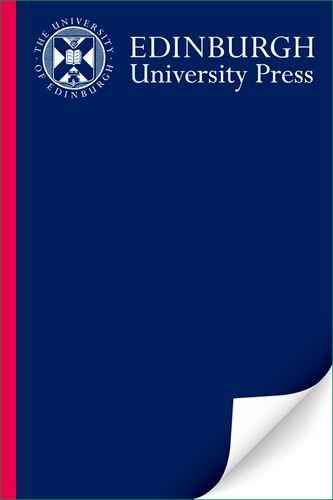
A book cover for Deregulation and Privatisation: Hume Papers on Public Policy 3.3 (Hume Papers on Public Policy EUP); Hector MacQueen; Law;